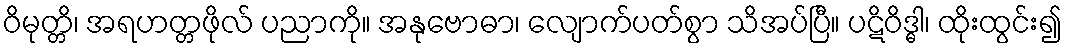
ဝိမုတ္တိ၊ အရဟတ္တဖိုလ် ပညာကို။ အနုဗောဓာ၊ လျောက်ပတ်စွာ သိအပ်ပြီ။ ပဋိဝိဒ္ဓါ၊ ထိုးထွင်း၍